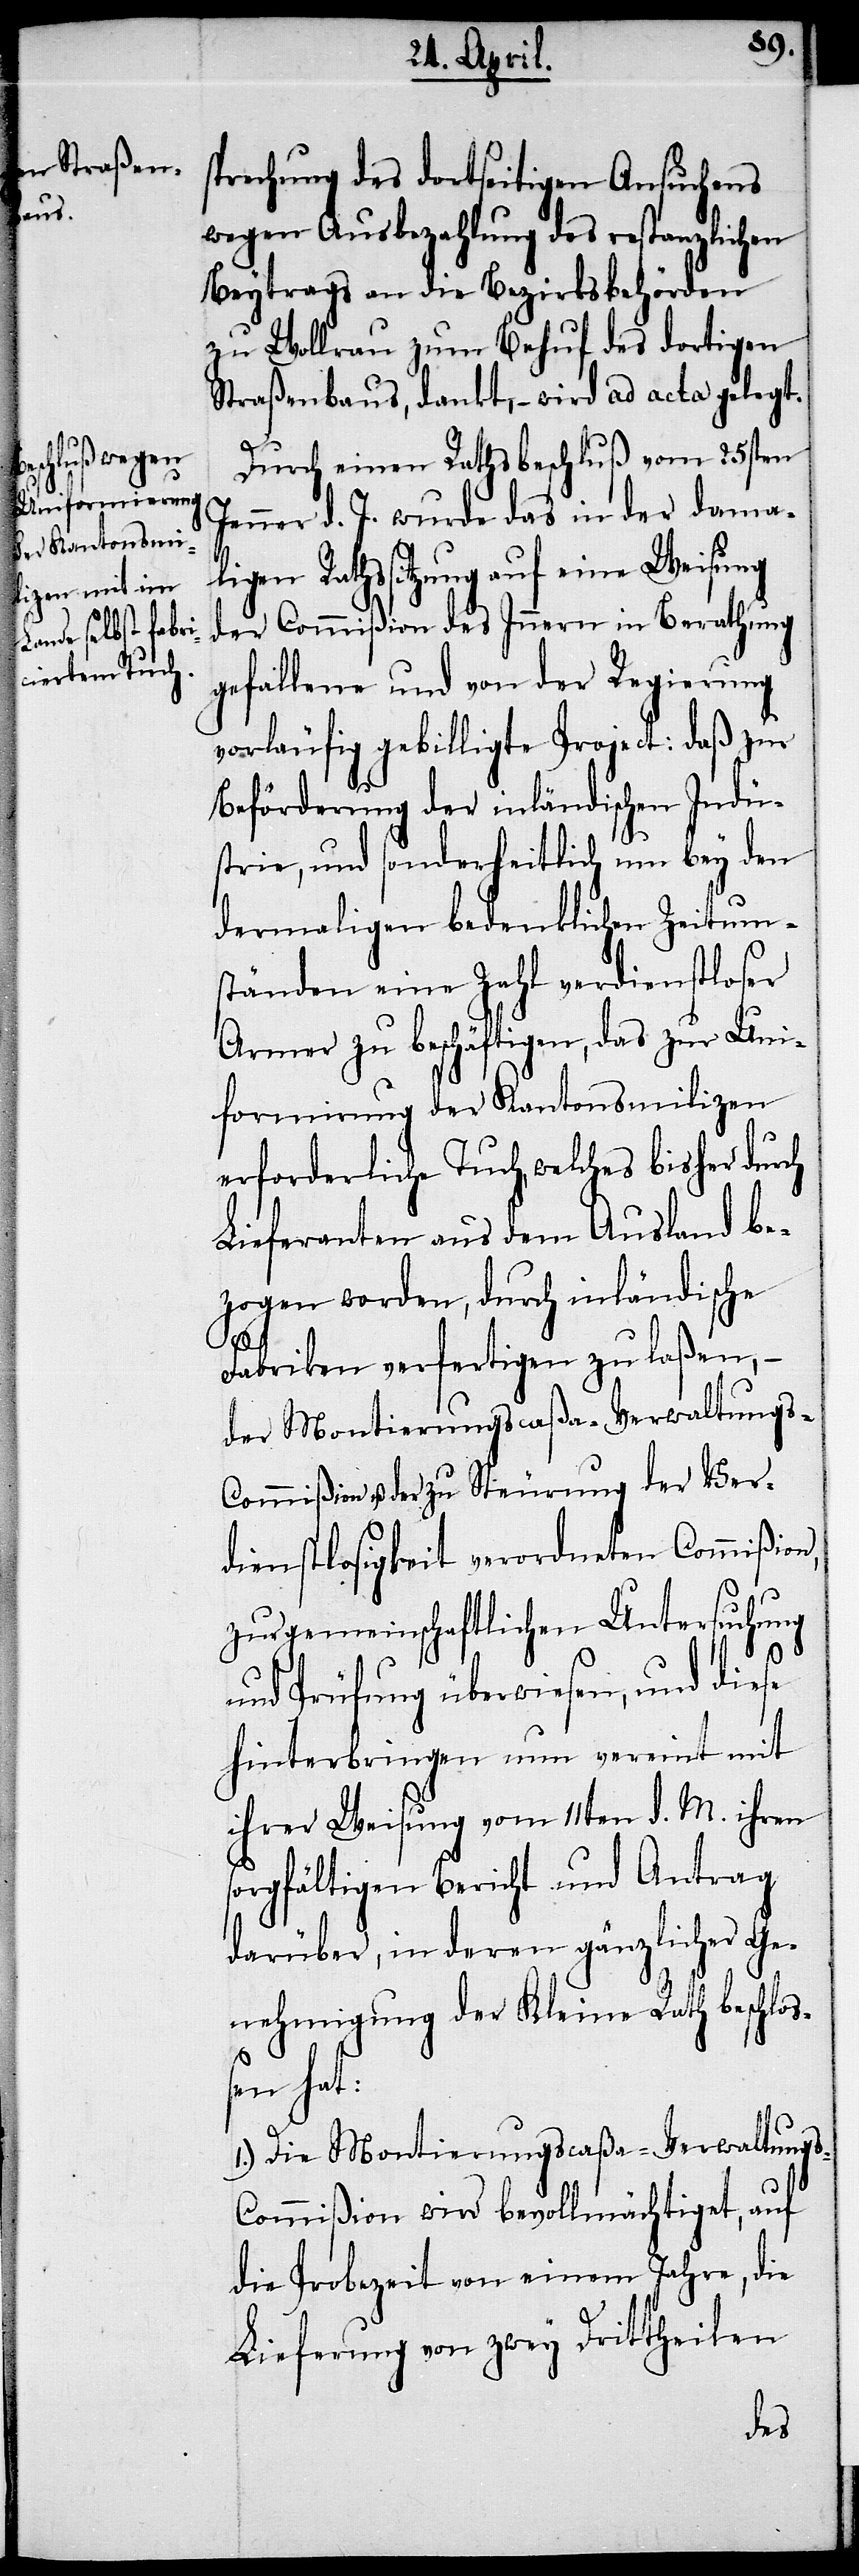
sprechung des dortseitigen Ansuchens
wegen Ausbezahlung des restanzlichen
Beytrags an die Bezirksbehörden
zu Wollrau zum Behuf des dortigen
Straßenbaus, dankt, – wird ad acta gelegt.
Durch einen Rathsbeschluß vom 25sten
Jenner d. J. wurde das in der dama¬
ligen Rathssitzung auf eine Weisung
der Commißion des Innern in Berathung
gefallene und von der Regierung
vorläufig gebilligte Project: daß zur
Beförderung der inländischen Indu¬
strie, und sonderheitlich um bey den
dermaligen bedenklichen Zeitum¬
ständen eine Zahl verdienstloser
Armer zu beschäftigen, das zur Uni¬
formirung der Kantonsmilizen
erforderliche Tuch, welches bisher durch
Lieferanten aus dem Ausland be¬
zogen worden, durch inländische
Fabriken verfertigen zu laßen, –
der Montierungscaßa-Verwaltungs-C¬
ommißion u. der zu Steurung der Ver¬
dienstlosigkeit verordneten Commißion,
zur gemeinschaftlichen Untersuchung
und Prüfung überwiesen, und diese
hinterbringen nun vereint mit
ihrer Weisung vom 11ten d. M. ihren
sorgfältigen Bericht und Antrag
darüber, in deren gänzlicher Ge¬
nehmigung der Kleine Rath beschloß¬
en hat:
1.) Die Montierungscaßa-Verwaltungs-C¬
ommißion wird bevollmächtiget, auf
die Probezeit von einem Jahre, die
Lieferung von zwey Drittheilen